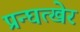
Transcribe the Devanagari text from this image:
प्रन्घत्खेर